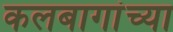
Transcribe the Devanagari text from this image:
कलबागांच्या